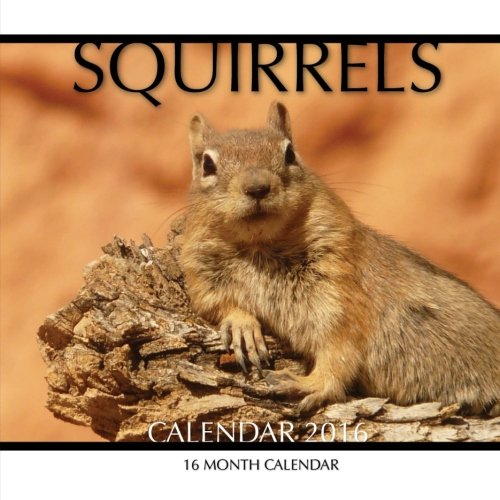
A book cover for Squirrels Calendar 2016: 16 Month Calendar; Jack Smith; Calendars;